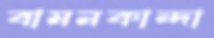
বামনকান্দা